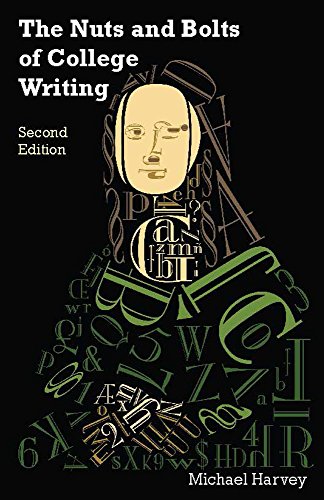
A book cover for The Nuts and Bolts of College Writing (Hackett Student Handbooks); Michael Harvey; Reference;